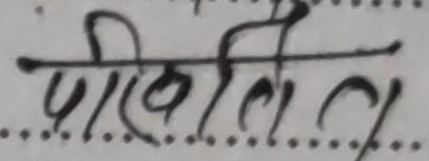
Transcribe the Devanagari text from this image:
परिलित ल